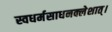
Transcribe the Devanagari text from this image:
स्वधर्मसाधनक्लेशात्‌।